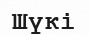
Шүкі